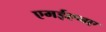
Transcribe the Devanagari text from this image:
एमईएनए